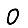
Digit: 0